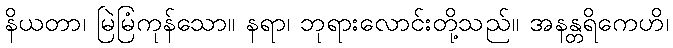
နိယတာ၊ မြဲမြံကုန်သော။ နရာ၊ ဘုရားလောင်းတို့သည်။ အနန္တရိကေဟိ၊